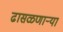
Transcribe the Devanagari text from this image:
ढासळणार्‍या